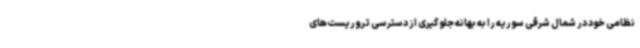
نظامی خود در شمال شرقی سوریه را به بهانه جلوگیری از دسترسی تروریست‌های